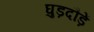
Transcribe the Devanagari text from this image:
घुड़दौड़ें